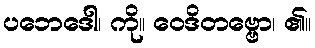
ပဘေဒေါ၊ ကို။ ဝေဒိတဗ္ဗော၊ ၏။